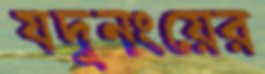
যদুনংয়ের